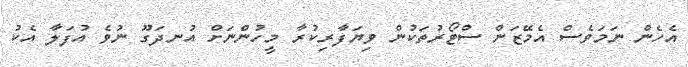
އެހެން ނަމަވެސް އެމޭޒަން ސްޓޯރުތަކުން ވިޔަފާރިކުރާ މީހުންނަށް އުނދަގޫ ނުވެ އުފަލާ އެކު